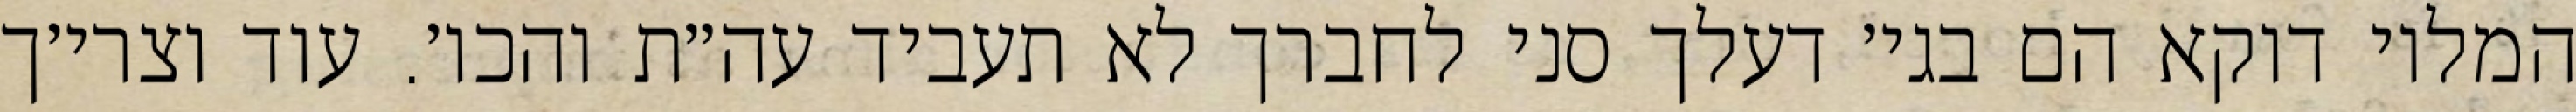
המלוי דוקא הם בגי׳ דעלך סני לחברך לא תעביד עה״ת והכו׳. עוד וצרי׳ך